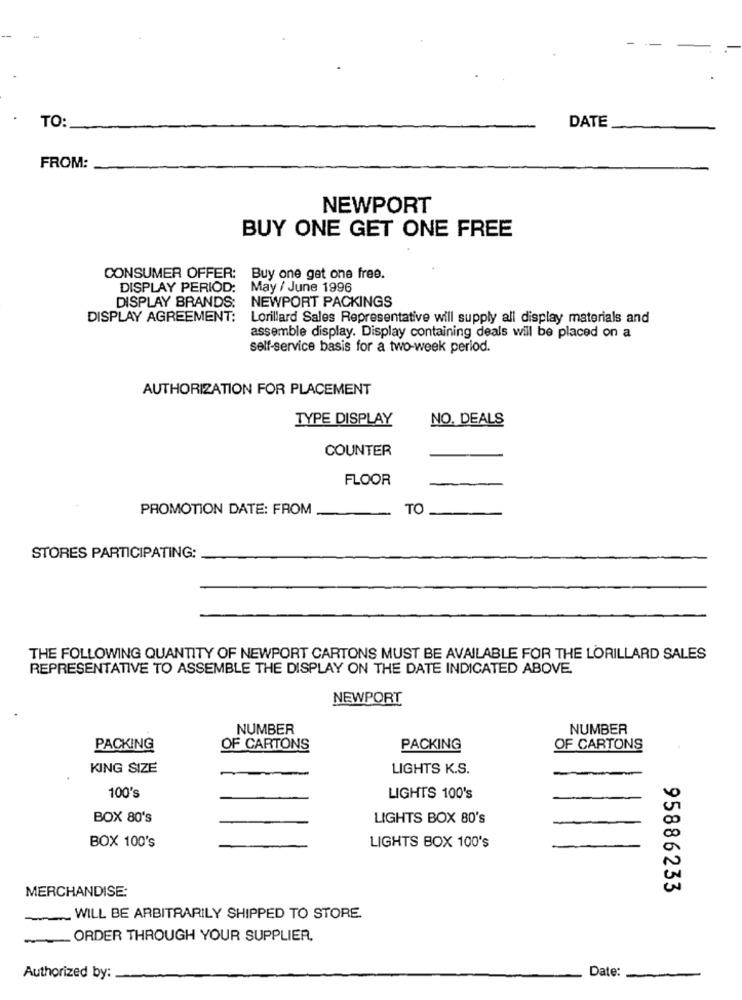
TO:
DATE
FROM:
NEWPORT
BUY ONE GET ONE FREE
CONSUMER OFFER:
Buy one get one free.
DISPLAY PERIOD:
May / June 1996
DISPLAY BRANDS:
NEWPORT PACKINGS
DISPLAY AGREEMENT: Lorillard Sales Representative will supply all display materials and
assemble display. Display containing deals will be placed on a
self-service basis for a two-week period.
AUTHORIZATION FOR PLACEMENT
TYPE DISPLAY
NO. DEALS
COUNTER
FLOOR
PROMOTION DATE: FROM
TO
STORES PARTICIPATING:
THE FOLLOWING QUANTITY OF NEWPORT CARTONS MUST BE AVAILABLE FOR THE LORILLARD SALES
REPRESENTATIVE TO ASSEMBLE THE DISPLAY ON THE DATE INDICATED ABOVE.
NEWPORT
NUMBER
NUMBER
PACKING
OF CARTONS
PACKING
OF CARTONS
KING SIZE
LIGHTS K.S.
-
100's
LIGHTS 100's
BOX 80's
LIGHTS BOX 80's
BOX 100's
LIGHTS BOX 100's
MERCHANDISE:
95886233
WILL BE ARBITRARILY SHIPPED TO STORE.
_ ORDER THROUGH YOUR SUPPLIER.
Authorized by:
Date: -